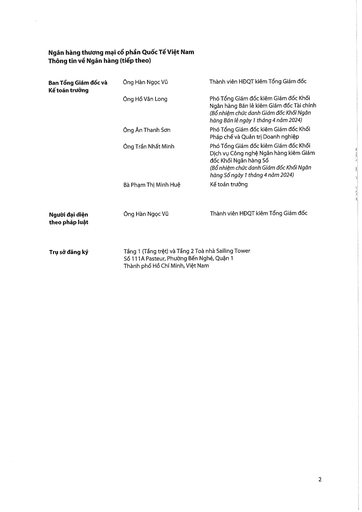
|Ban Tổng Giám đốc và Kế toán trưởng|Ông Hàn Ngọc Vũ|Thành viên HĐQT kiêm Tổng Giám đốc| |---|---|---| ||Ông Hồ Văn Long|Phó Tổng Giám đốc kiêm Giám đốc Khối Ngân hàng Bán lẻ kiêm Giám đốc Tài chính (Bổ nhiệm chức danh Giám đốc Khối Ngân hàng Bán lẻ ngày 1 tháng 4 năm 2024)| ||Ông Anh Thanh Sơn|Phó Tổng Giám đốc kiêm Giám đốc Khối Pháp chế và Quản trị Doanh nghiệp| ||Ông Trần Nhật Minh|Phó Tổng Giám đốc kiêm Giám đốc Khối Dịch vụ Công nghệ Ngân hàng kiêm Giám đốc Khối Ngân hàng Số (Bổ nhiệm chức danh Giám đốc Khối Ngân hàng Số ngày 1 tháng 4 năm 2024)| ||Bà Phạm Thị Minh Huệ|Kế toán trưởng| |Người đại diện theo pháp luật|Ông Hàn Ngọc Vũ|Thành viên HĐQT kiêm Tổng Giám đốc| |Trụ sở đăng ký|Tầng 1 (Tầng trệt) và Tầng 2 Số 111 A Pasteur, Phường Bến Thành, Thành phố Hồ Chí Minh|Toà nhà Sailing Tower Nghé, Quận 1, Nam|